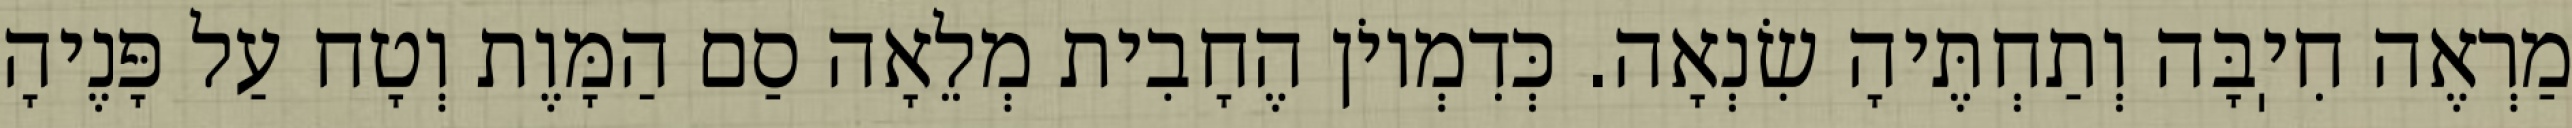
מַרְאֶה חִיֽבָּה וְתַחְתֶּיהָ שִׂנְאָה. כְּדִמְיוֹן הֶחָבִית מְלֵאָה סַם הַמָּוֶת וְטָח עַל פָּנֶיהָ